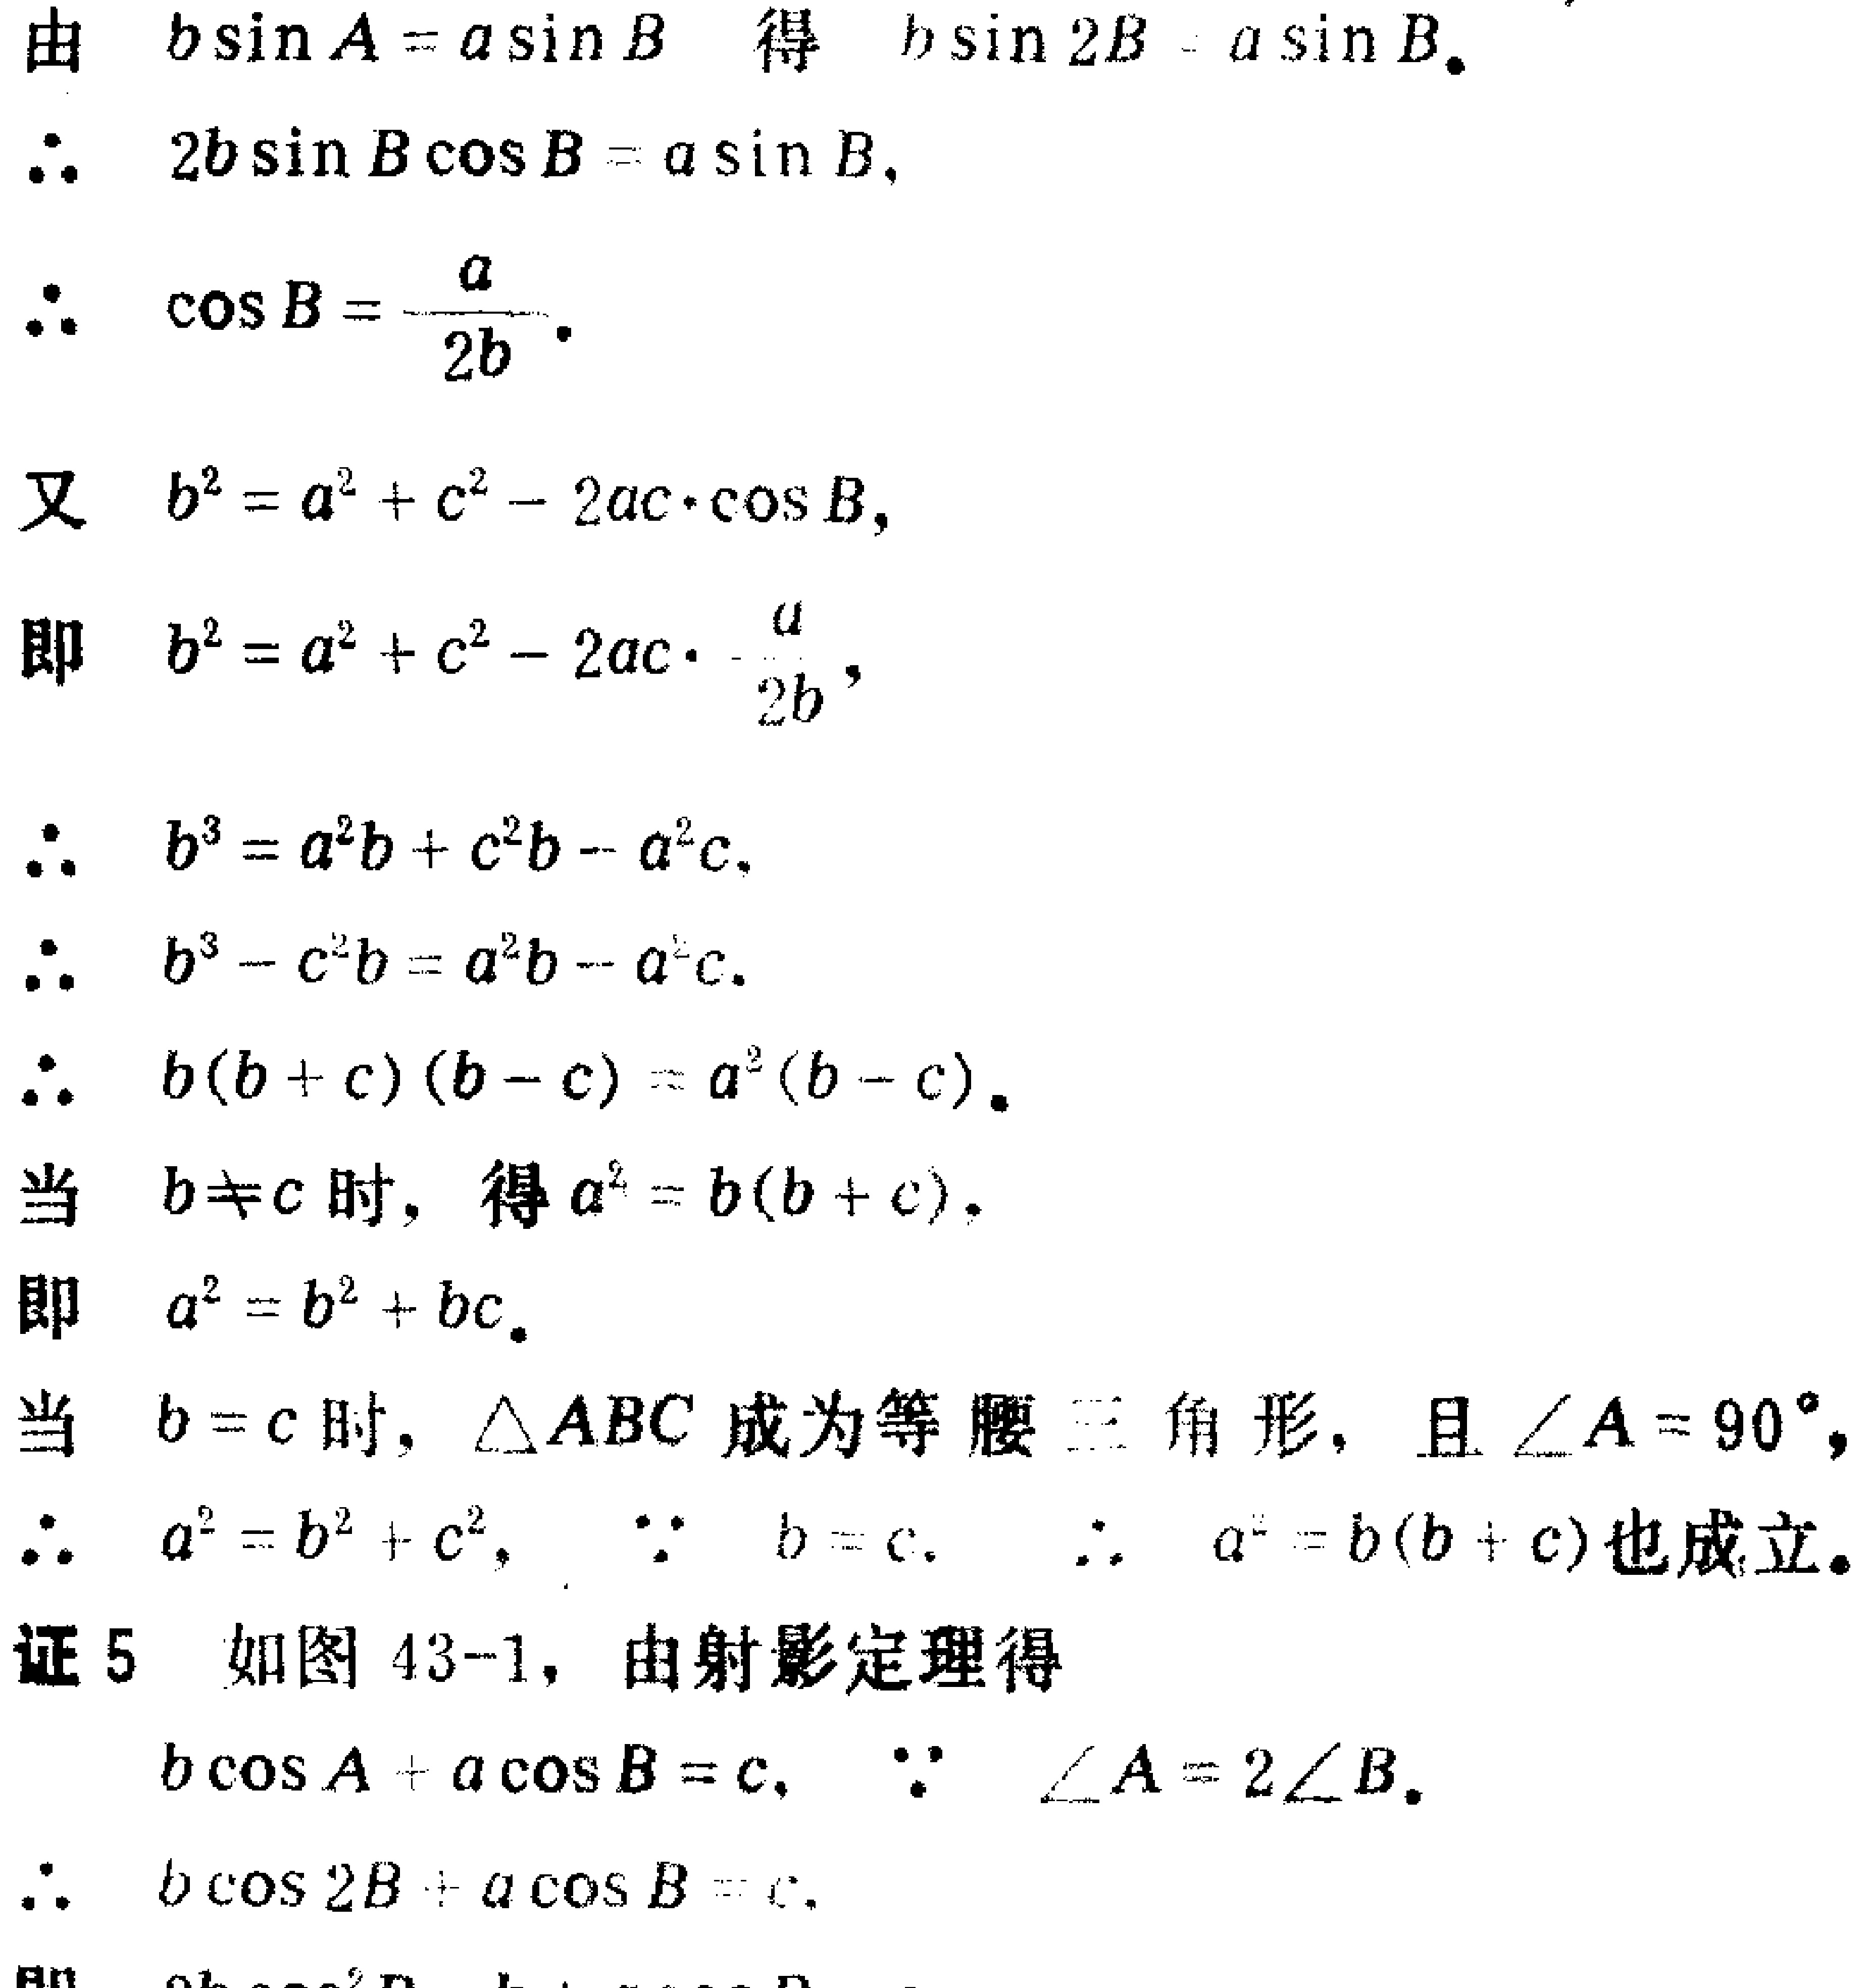
由 \(b\sin A = a\sin B\) 得 \(b\sin 2B = a\sin B\)。
\(\therefore 2b\sin B\cos B = a\sin B\)，
\(\therefore \cos B = \frac{a}{2b}\)。

又 \(b^{2}=a^{2}+c^{2}-2ac\cdot\cos B\)，
即 \(b^{2}=a^{2}+c^{2}-2ac\cdot\frac{a}{2b}\)，
\(\therefore b^{3}=a^{2}b + c^{2}b - a^{2}c\)。
\(\therefore b^{3}-c^{2}b = a^{2}b - a^{2}c\)。
\(\therefore b(b + c)(b - c)=a^{2}(b - c)\)。

当 \(b\neq c\) 时，得 \(a^{2}=b(b + c)\)，
即 \(a^{2}=b^{2}+bc\)。

当 \(b = c\) 时，\(\triangle ABC\) 成为等腰三角形，且 \(\angle A = 90^{\circ}\)，
\(\therefore a^{2}=b^{2}+c^{2}\)，\(\because b = c\)，\(\therefore a^{2}=b(b + c)\)也成立。

证5 如图43-1，由射影定理得
\(b\cos A + a\cos B = c\)，\(\because \angle A = 2\angle B\)。
\(\therefore b\cos 2B + a\cos B = c\)。
即  （此处未显示完整）